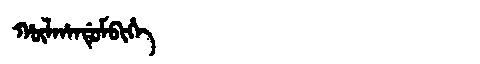
Manchu: ᡥᡡᠯᡥᠠᠨᡩᡠᠮᠪᡳᡥᡝ
Romanization: HŪLHANDUMBIHE